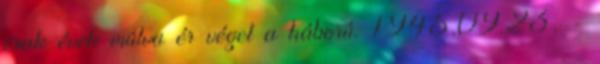
csak évek múlva ér véget a háború. 1945.09.23. -